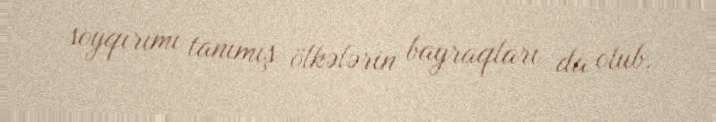
soyqırımı tanımış ölkələrin bayraqları da olub.